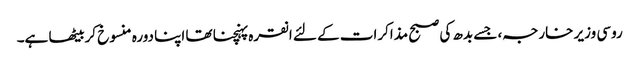
روسی وزیر خارجہ، جسے بدھ کی صبح مذاکرات کے لئے انقرہ پہنچنا تھا اپنا دورہ منسوخ کربیٹھا ہے۔